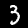
Label: 3